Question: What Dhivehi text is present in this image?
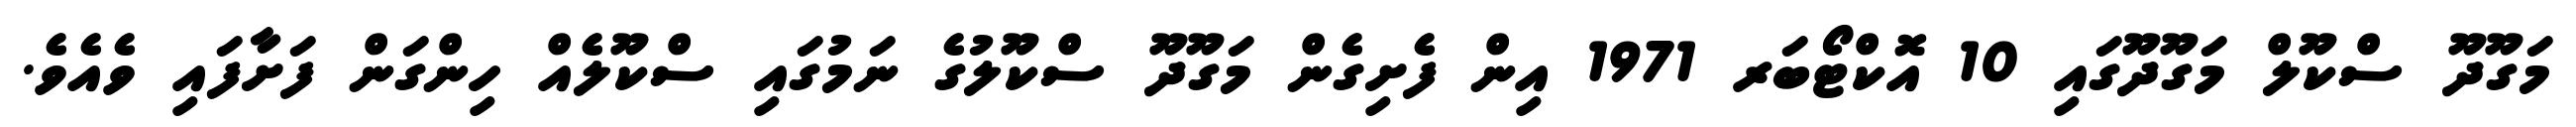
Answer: މަގޫދޫ ސްކޫލް މަގޫދޫގައި 10 އޮކްޓޯބަރ 1971 އިން ފެށިގެން މަގޫދޫ ސްކޫލުގެ ނަމުގައި ސްކޫލެއް ހިންގަން ފަށާފައި ވެއެވެ.